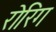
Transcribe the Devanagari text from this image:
रोरिग